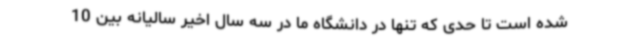
شده است تا حدی که تنها در دانشگاه ما در سه سال اخیر سالیانه بین 10